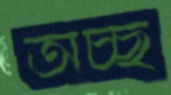
অচ্ছ